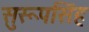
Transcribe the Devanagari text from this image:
सुरूपसिंह